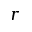
r